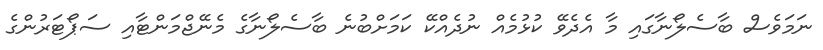
ނަމަވެސް ބާސެލޯނާގައި މާ އެދެވޭ ކުޅުމެއް ނުދެއްކޭ ކަމަށްބުނެ ބާސެލޯނާގެ މެނޭޖްމަންޓާއި ސަޕޯޓަރުންގެ